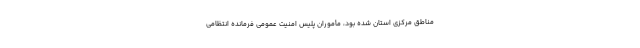
مناطق مرکزی استان شده بود، مأموران پلیس امنیت عمومی فرمانده انتظامی